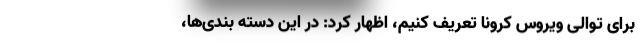
برای توالی ویروس کرونا تعریف کنیم، اظهار کرد: در این دسته بندی‌ها،